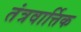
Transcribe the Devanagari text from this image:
तंत्रवार्त्तिक